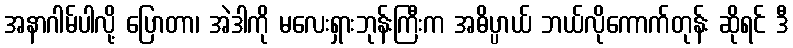
အနာဂါမ်ပါလို့ ပြောတာ၊ အဲဒါကို မလေးရှားဘုန်းကြီးက အဓိပ္ပာယ် ဘယ်လိုကောက်တုန်း ဆိုရင် ဒီ